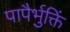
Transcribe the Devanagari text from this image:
पापैर्भुक्तिं